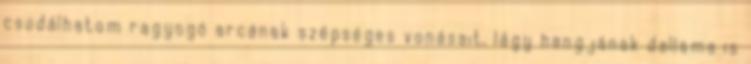
csodálhatom ragyogó arcának szépséges vonásait, lágy hangjának dallama is